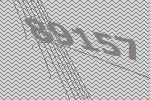
89157